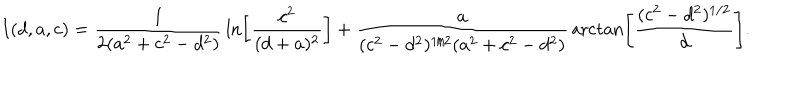
LaTeX: I ( d , a , c ) = { \frac { 1 } { 2 ( a ^ { 2 } + c ^ { 2 } - d ^ { 2 } ) } } \ln \left[ { \frac { c ^ { 2 } } { ( d + a ) ^ { 2 } } } \right] + { \frac { a } { ( c ^ { 2 } - d ^ { 2 } ) ^ { 1 / 2 } ( a ^ { 2 } + c ^ { 2 } - d ^ { 2 } ) } } \operatorname { a r c t a n } \left[ \frac { ( c ^ { 2 } - d ^ { 2 } ) ^ { 1 / 2 } } { d } \right] .